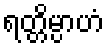
ရတ္တိမ္ပာဟံ